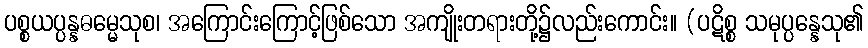
ပစ္စယပ္ပန္နဓမ္မေသုစ၊ အကြောင်းကြောင့်ဖြစ်သော အကျိုးတရားတို့၌လည်းကောင်း။ (ပဋိစ္စ သမုပ္ပန္နေသု၏